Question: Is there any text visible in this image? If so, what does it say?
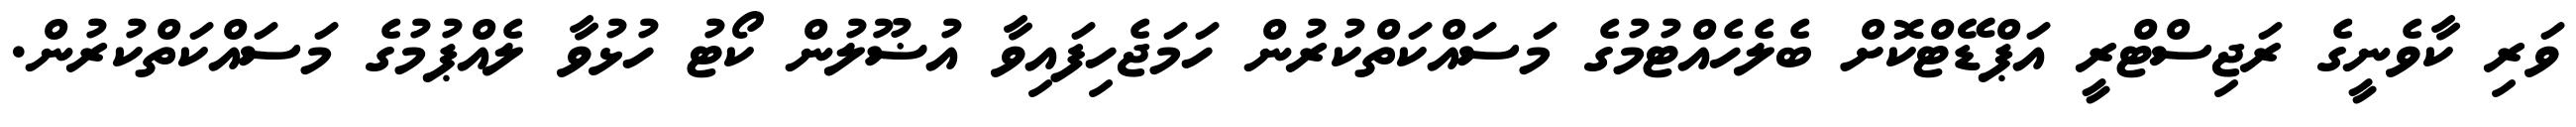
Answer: ވަރި ކާވެނީގެ ރަޖިސްޓްރީ އަޕްޑޭޓްކޮށް ބެލެހެއްޓުމުގެ މަސައްކަތްކުރުން ހަމަޖެހިފައިވާ އުޟޫލުން ކޯޓު ހުޅުވާ ލެއްޕުމުގެ މަސައްކަތްކުރުން.